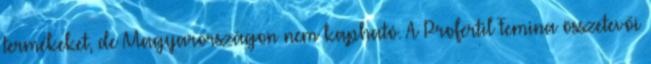
termékeket, de Magyarországon nem kapható. A Profertil Femina összetevői